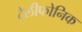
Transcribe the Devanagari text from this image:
टेलीफोनिक